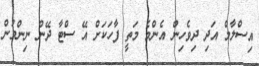
އިސްލާމް އަދި ދިވެހިން އެންމެ މަތީ ފާހަކަށް އޭ ސްޓާ ދޭން ނިންމުން